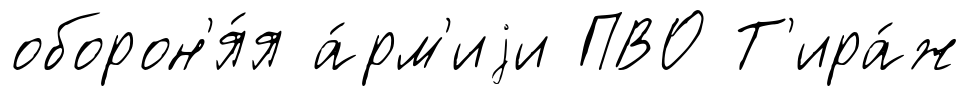
оборон'я́я а́рм'иjи ПВО Т'ира́ж